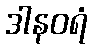
ဒါနဝရံ